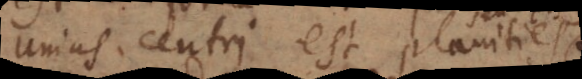
unius centri est planities.